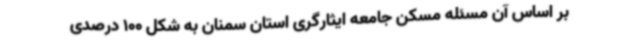
بر اساس آن مسئله مسکن جامعه ایثارگری استان سمنان به شکل 100 درصدی